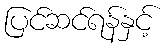
ပြင်ဆင်ရန်နှင့်